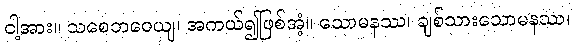
ငါ့အား။ သစေဘဝေယျ၊ အကယ်၍ဖြစ်အံ့။ သောမနဿ၊ ချစ်သားသောမနဿ၊